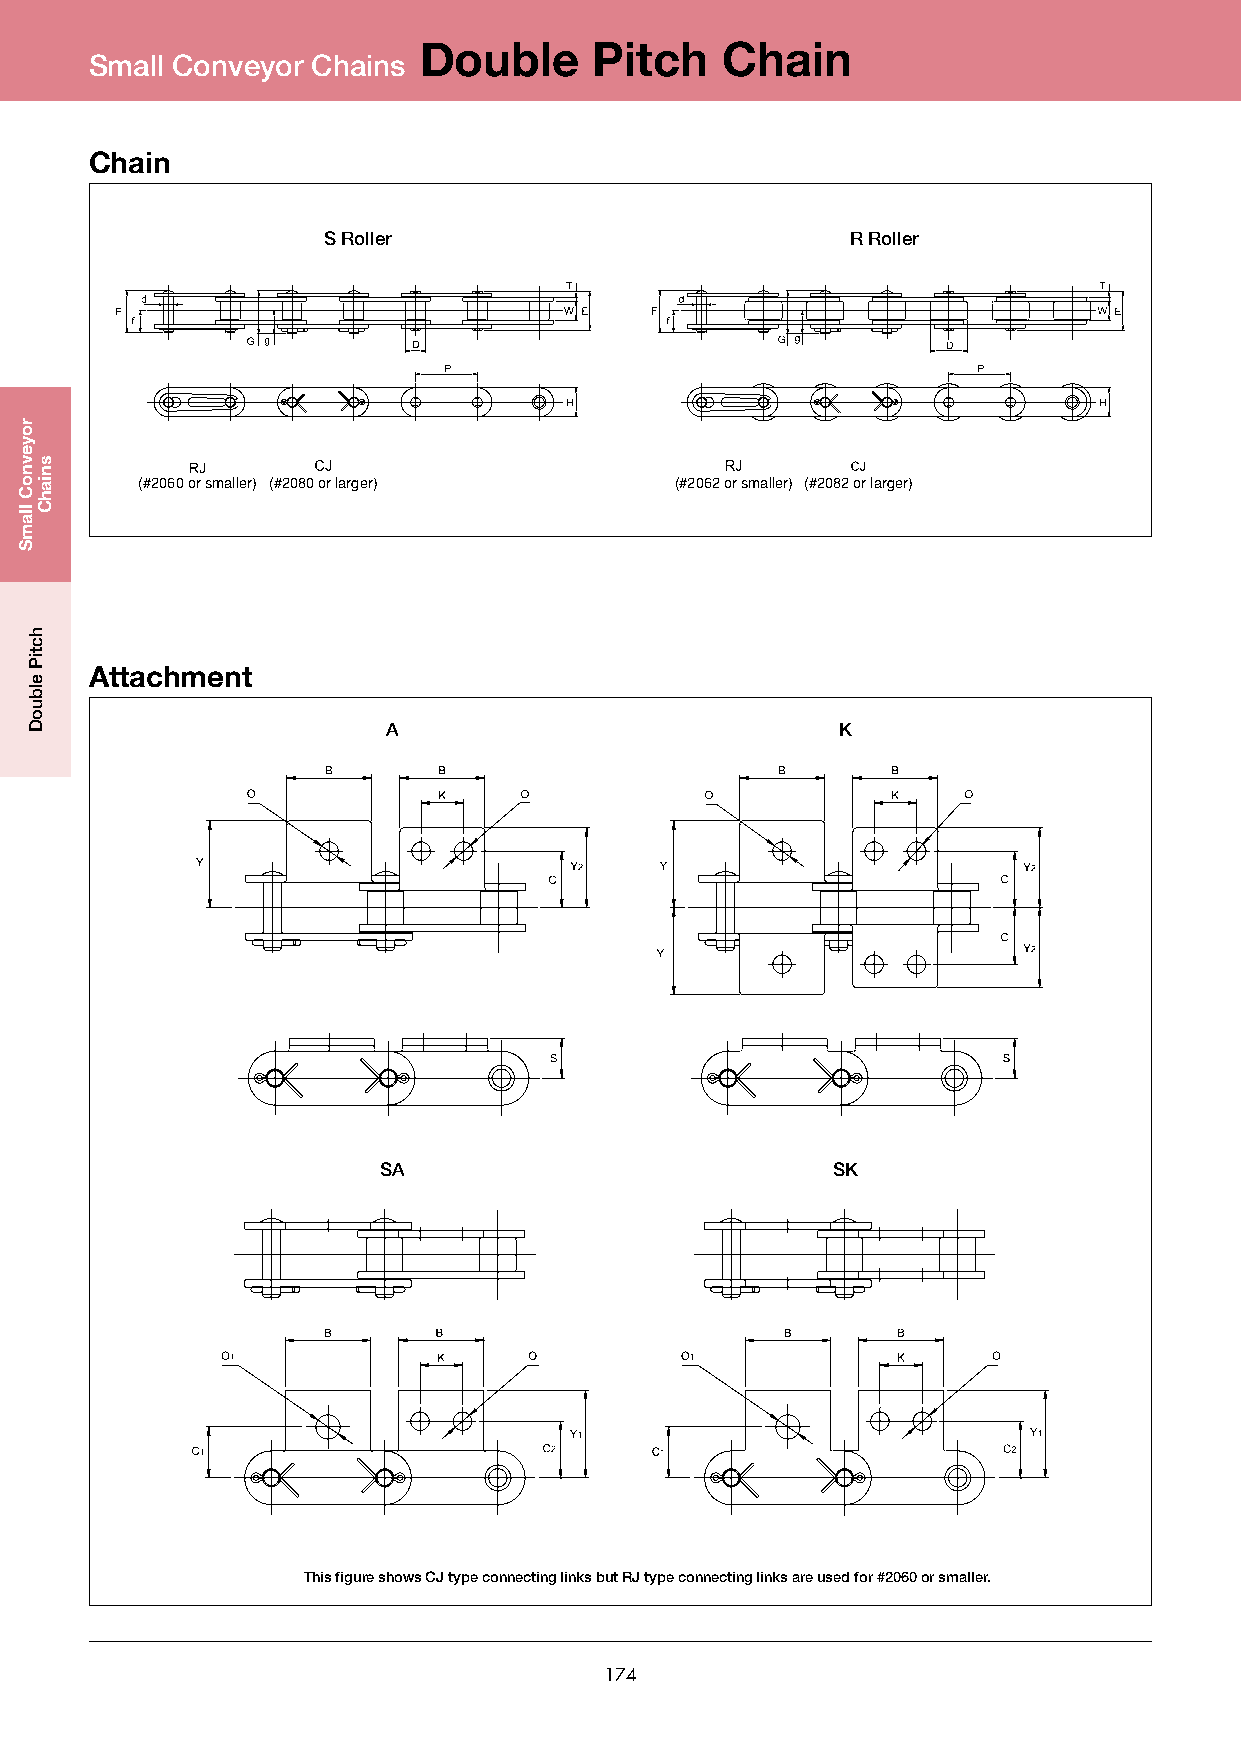
Double     Pitch    Chain
 Small Conveyor Chains
 Chain
 S Roller                           R Roller
 (#2060 or smaller) (#2080 or larger) (#2062 or smaller) (#2082 or larger)
 Attachment
 A                            K
 SA                            SK
 This figure shows CJ type connecting links but RJ type connecting links are used for #2060 or smaller.
 174
 royevnoC
 llamS
 hctiP
 elbuoD
 sniahC